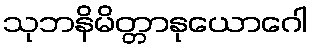
သုဘနိမိတ္တာနုယောဂေါ